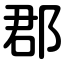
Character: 郡